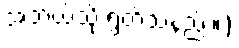
အဘယ်သို့ ရွတ်သနည်း။)